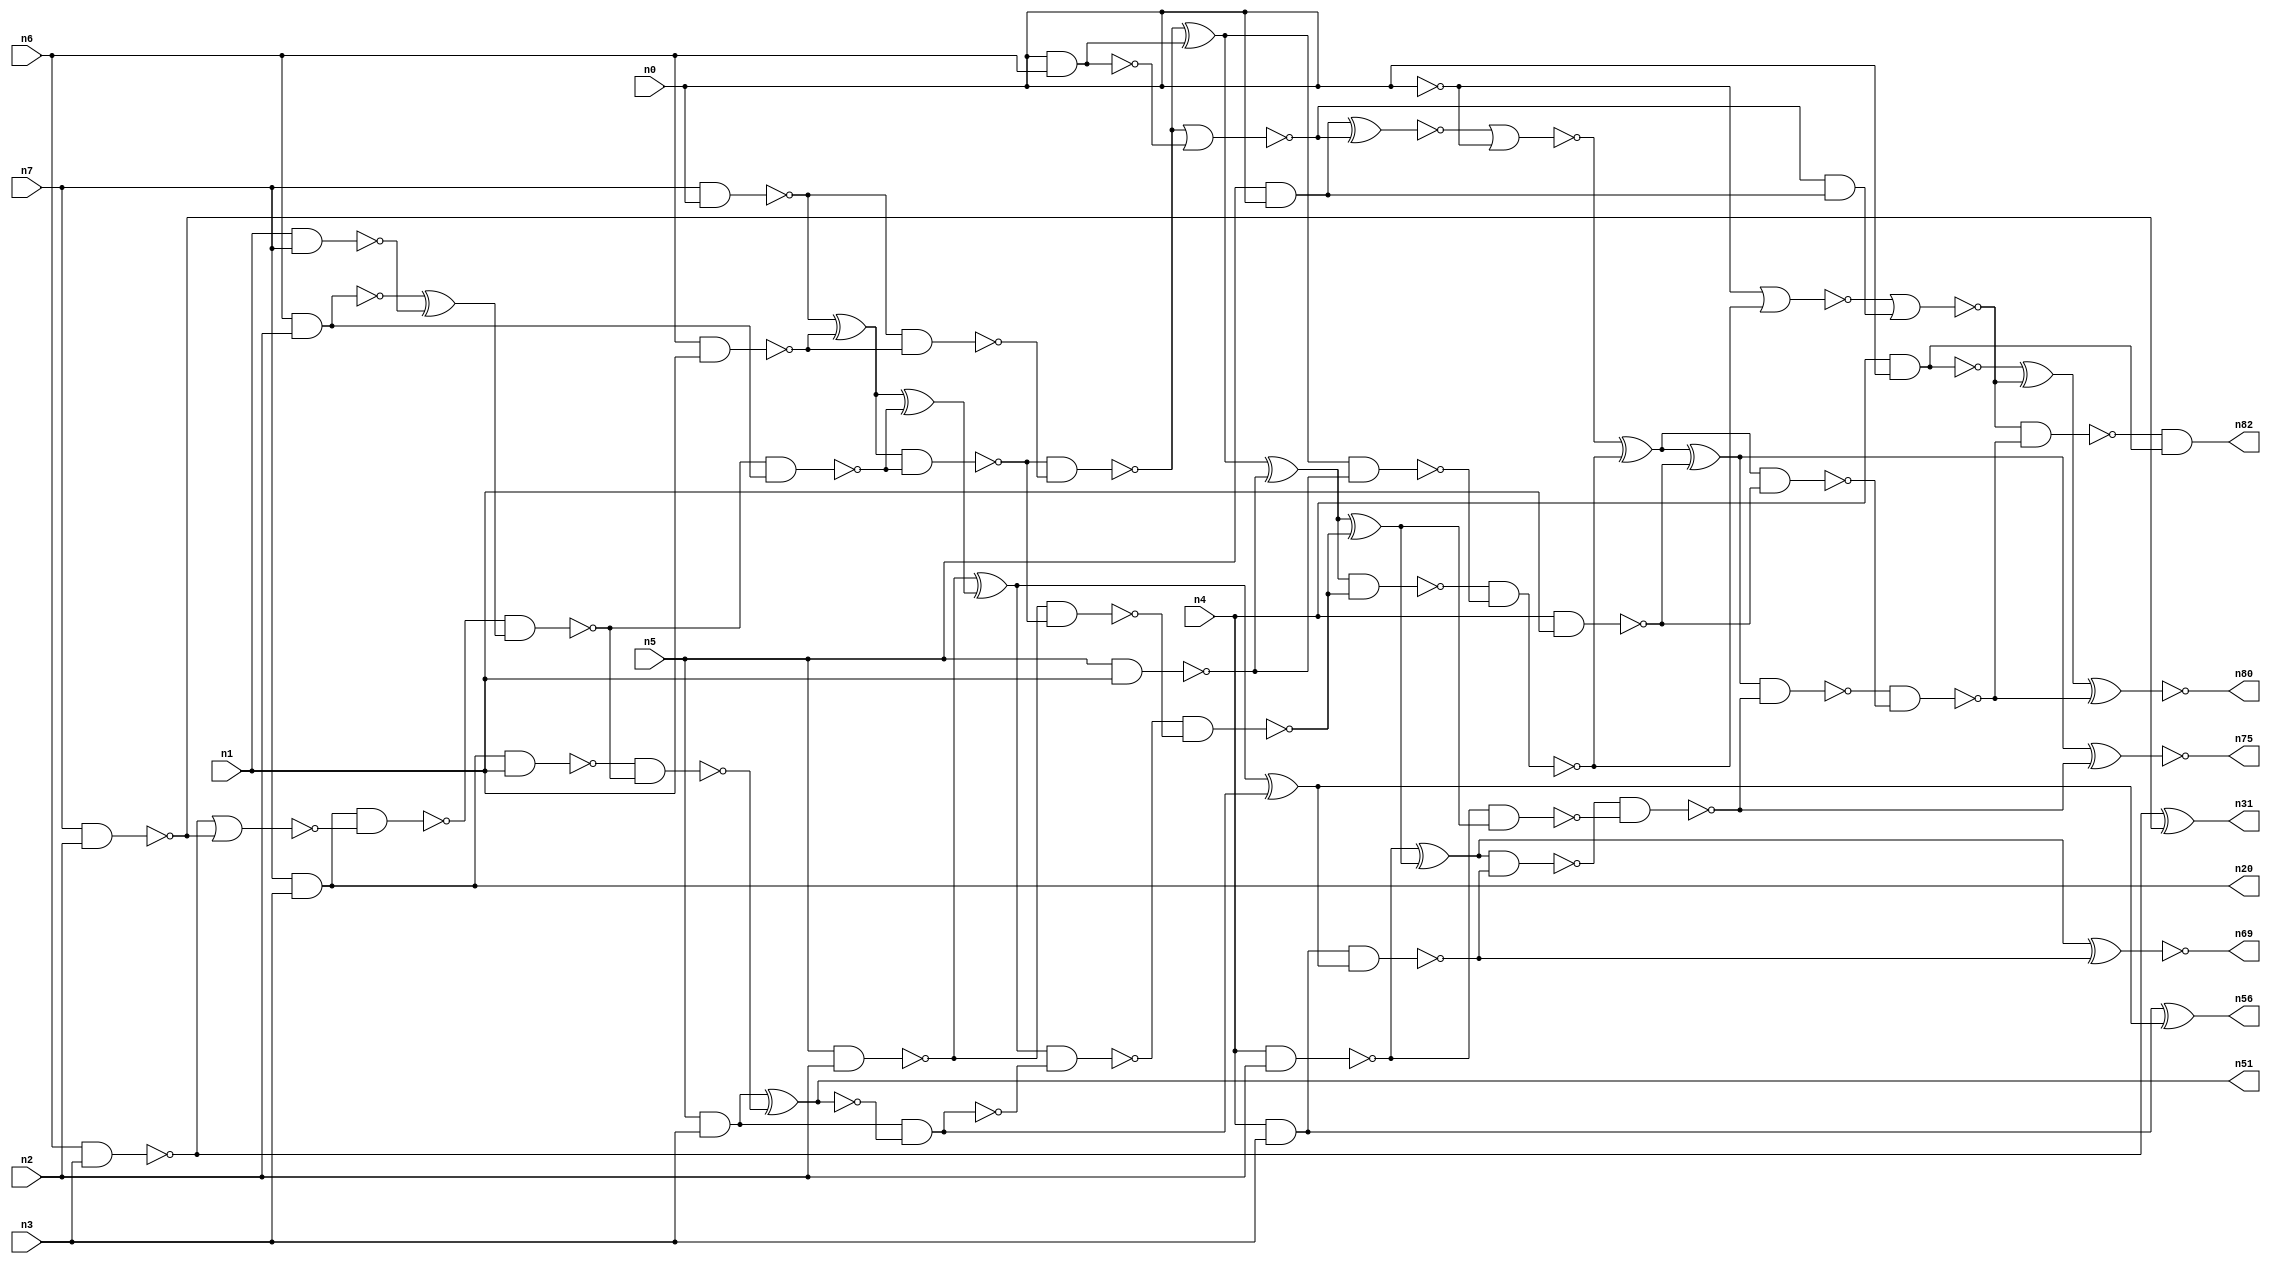
// This file contains a pareto-optimal circuit with respect to area and the fault-resilince parameter p_fault which is defined as:
// "For all input vectors, the ratio of the no. of faults observable at the POs to the no. of total possible faults in the circuit".
// This code is part of the ReCkt library (https://github.com/umar-afzaal/ReCkt) distributed under The MIT License.
// When used, please cite the following article(s):
// U. Afzaal, A.S. Hassan, M. Usman and J.A. Lee, "On the Evolutionary Synthesis of Increased Fault-resilience Arithmetic Circuits".

// p_fault = 91.2 %    (Lower is better)
// gates = 73.0
// levels = 17
// area = 91.95    (For MCNC library relative to nand2)
// power = 527.7 uW    (Berkely-SIS for MCNC library @ Vdd=5V and 20 MHz clock)
// delay = 21.9 ns    (Berkely-ABC for MCNC library)
// PDP = 1.15566e-11 J

// Pin mapping:
// {n0, n1, n2, n3} = A[3:0]
// {n4, n5, n6, n7} = B[3:0]
// {n82, n80, n75, n69, n56, n51, n31, n20} = O[7:0]

module mult4u_area_8 (
n0, n1, n2, n3, n4, n5, n6, n7, 
n82, n80, n75, n69, n56, n51, n31, n20
);

input n0, n1, n2, n3, n4, n5, n6, n7;
output n82, n80, n75, n69, n56, n51, n31, n20;
wire n16, n73, n77, n26, n40, n38, n78, n76, n46, n50, n15, n66, n36, n67, n18, n13, n21, n32, n35, n57, 
n65, n33, n10, n17, n70, n61, n19, n58, n81, n68, n24, n74, n44, n62, n60, n28, n59, n79, n45, n71, 
n25, n14, n43, n8, n39, n34, n37, n42, n52, n54, n12, n63, n30, n22, n11, n49, n29, n9, n72, n47, 
n55, n53, n23, n41, n48;

and (n8, n5, n0);
nand (n9, n4, n2);
nand (n10, n6, n1);
nand (n11, n4, n0);
nand (n12, n5, n1);
nand (n13, n1, n7);
nand (n14, n5, n2);
nand (n15, n0, n6);
nand (n16, n6, n0);
and (n17, n5, n3);
nand (n18, n4, n1);
nand (n19, n7, n2);
and (n20, n7, n3);
nand (n21, n7, n0);
nand (n22, n6, n3);
nand (n23, n6, n2);
nand (n24, n4, n3);
nand (n25, n21, n10);
nor (n26, n22, n19);
xor (n28, n23, n13);
nand (n29, n24, n24);
nor (n30, n16, n15);
xor (n31, n22, n19);
xor (n32, n21, n10);
nand (n33, n0, n0);
nand (n34, n20, n1);
nand (n35, n23, n23);
nand (n36, n20, n26);
nand (n37, n36, n28);
nand (n38, n34, n37);
nand (n39, n37, n35);
xnor (n40, n17, n38);
nand (n41, n32, n39);
xor (n42, n32, n39);
nand (n43, n17, n40);
nand (n44, n41, n25);
xor (n45, n14, n42);
nand (n46, n43, n43);
nand (n47, n14, n41);
xor (n48, n44, n30);
nand (n49, n45, n43);
nor (n50, n44, n15);
nand (n51, n40, n40);
xor (n52, n45, n46);
nand (n53, n29, n52);
nand (n54, n48, n12);
nand (n55, n49, n47);
xor (n56, n29, n52);
and (n57, n50, n8);
xnor (n58, n8, n50);
xor (n59, n48, n12);
xor (n60, n59, n55);
nand (n61, n59, n55);
nor (n62, n58, n33);
xor (n63, n9, n60);
nand (n65, n9, n60);
nand (n66, n61, n54);
xor (n67, n62, n66);
nand (n68, n63, n53);
xnor (n69, n63, n53);
nor (n70, n33, n66);
nand (n71, n67, n18);
xor (n72, n67, n18);
nand (n73, n68, n65);
nor (n74, n70, n57);
xnor (n75, n72, n73);
xor (n76, n11, n74);
nand (n77, n72, n73);
nand (n78, n11, n11);
nand (n79, n77, n71);
xnor (n80, n76, n79);
nand (n81, n74, n79);
and (n82, n81, n78);

endmodule